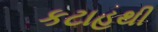
કટાહથી